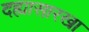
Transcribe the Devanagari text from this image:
दह्यासारखा